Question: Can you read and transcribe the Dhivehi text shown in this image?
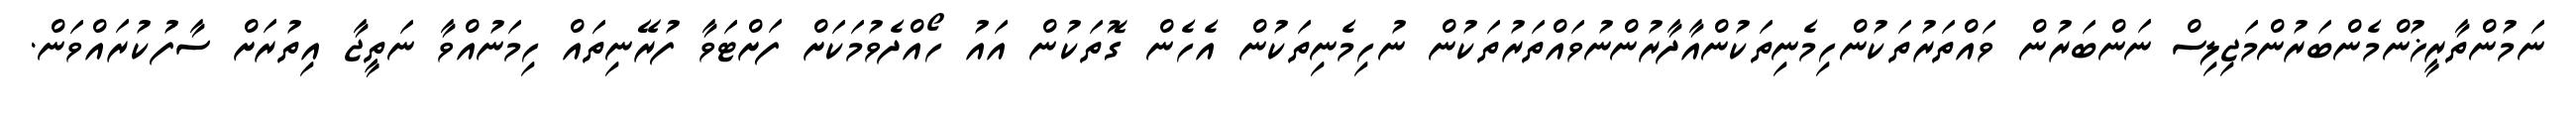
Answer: ނަމުންތާރީޚުންމެންބަރުންމަޖިލިސް ނަންބަރުން ވައްތަރުތަކުންހިމެނިތަކުންއާދާރުންނުވައްތަރުތަކުން ނުހިމެނިތަކުން އެހެން ގޮތަކުން އައު ހޯއްދެވުމަކަށް ފަށްޓަވާ ފުރޭނިތައް ހިމަނުއްވާ ނަތީޖާ އިތުރަށް ސާފުކުރައްވަން.